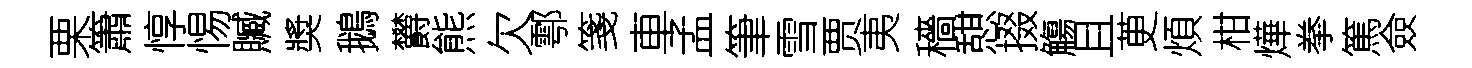
栗簫惇惕贓奬鵝欝熊欠鄠箋車孟筆雪贾夷穡憇掇觴且茰煩柑燁拳篤僉